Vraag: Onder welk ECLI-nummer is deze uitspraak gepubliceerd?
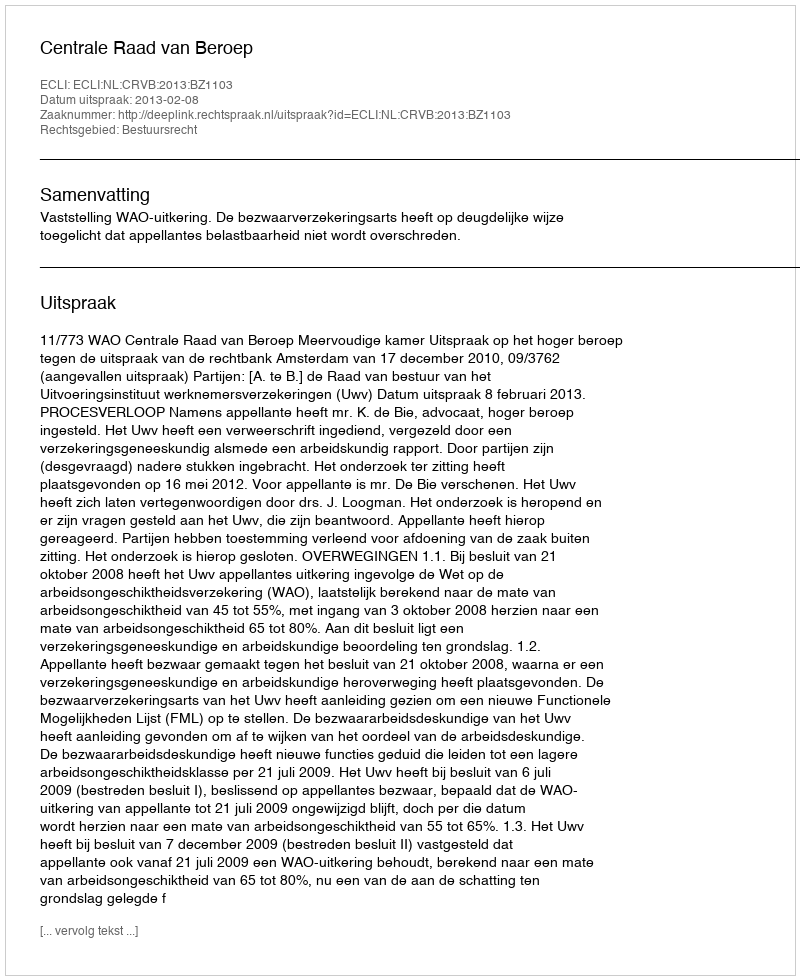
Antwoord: ECLI:NL:CRVB:2013:BZ1103